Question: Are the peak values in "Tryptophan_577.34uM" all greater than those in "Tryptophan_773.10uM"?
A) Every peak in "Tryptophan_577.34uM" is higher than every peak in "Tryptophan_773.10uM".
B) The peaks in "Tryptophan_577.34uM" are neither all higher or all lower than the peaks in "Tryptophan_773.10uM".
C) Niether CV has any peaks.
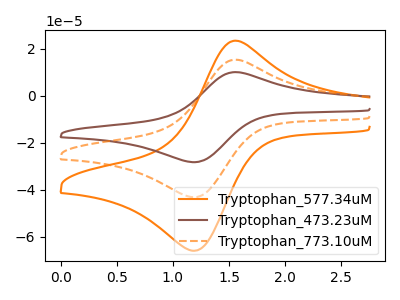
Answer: <think>The orange curve "Tryptophan_577.34uM" has an anodic peak at (1.55V, 23.45uA) and a cathodic peak at (1.15V, -66.00uA). The brown curve "Tryptophan_473.23uM" has an anodic peak at (1.55V, 30.70uA) and a cathodic peak at (1.15V, -86.40uA). The orange dashed curve "Tryptophan_773.10uM" has an anodic peak at (1.55V, 15.35uA) and a cathodic peak at (1.15V, -43.20uA).</think>
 <answer>A) Every peak in "Tryptophan_577.34uM" is higher than every peak in "Tryptophan_773.10uM".</answer>
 <eval>A</eval>